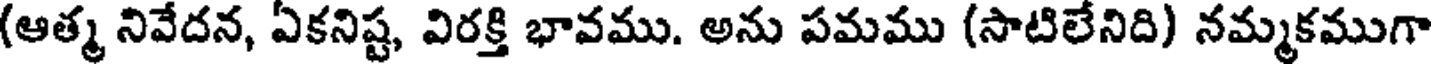
(ఆత్మ నివేదన, ఏకనిష్ట, విరక్తి భావము. అను పమము (సాటిలేనిది) నమ్మకముగా